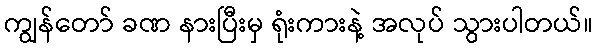
ကျွန်တော် ခဏ နားပြီးမှ ရုံးကားနဲ့ အလုပ် သွားပါတယ်။